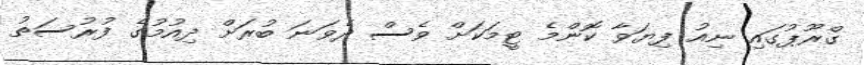
ގްރޫޕުގައި ނިއު ފިޔަވާ ކޮންމެ ޓީމަކަށް ވެސް ދެވަނަ ބުރަށް ދިއުމުގެ ފުރުސަތު